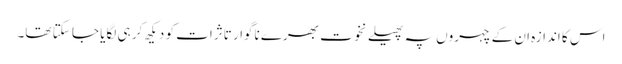
اس کا اندازہ ان کے چہروں پہ پھیلے نخوت بھرے ناگوار تاثرات کو دیکھ کر ہی لگایا جا سکتا تھا۔